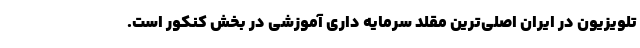
تلویزیون در ایران اصلی‌ترین مقلد سرمایه داری آموزشی در بخش کنکور است.